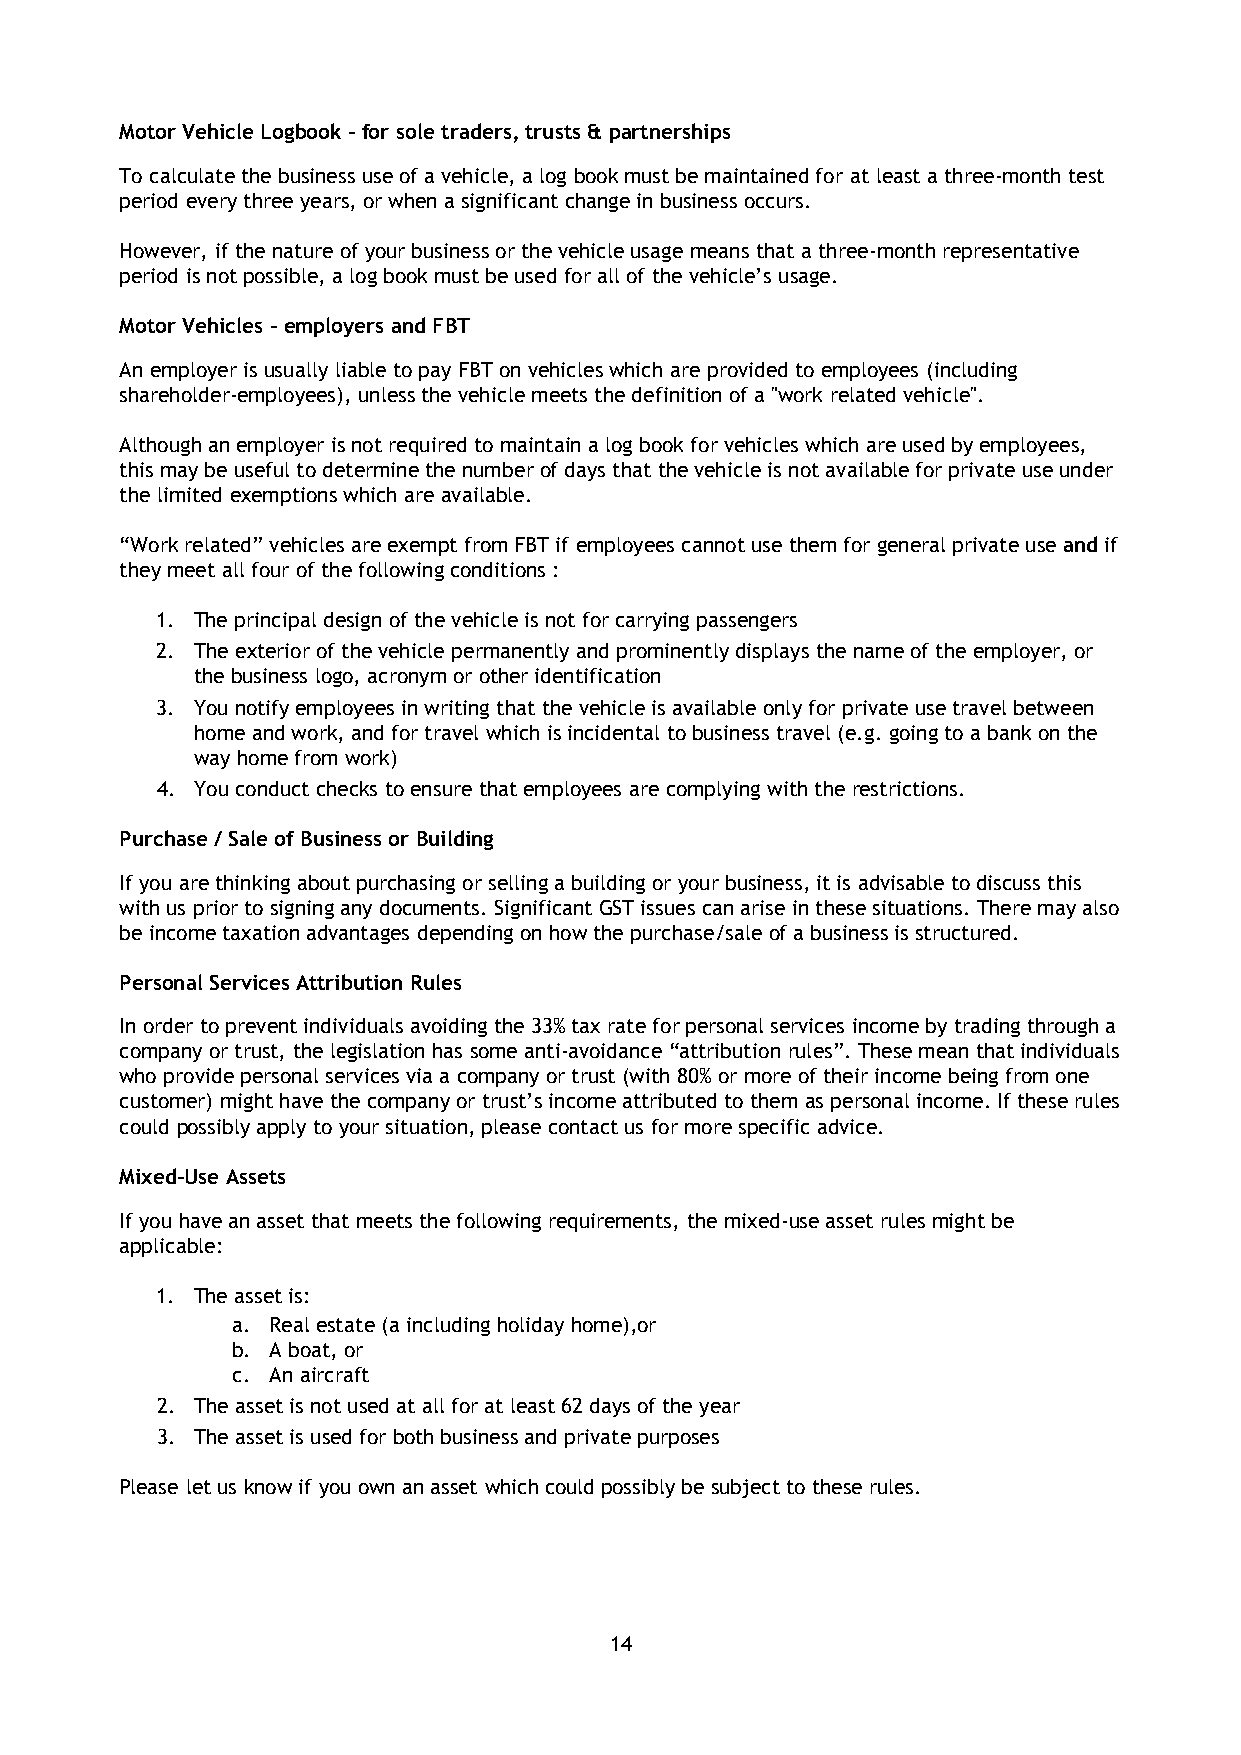
Motor Vehicle Logbook - for sole traders, trusts & partnerships
 To calculate the business use of a vehicle, a log book must be maintained for at least a three-month test
 period every three years, or when a significant change in business occurs.
 However, if the nature of your business or the vehicle usage means that a three-month representative
 period is not possible, a log book must be used for all of the vehicle’s usage.
 Motor Vehicles – employers and FBT
 An employer is usually liable to pay FBT on vehicles which are provided to employees (including
 shareholder-employees), unless the vehicle meets the definition of a "work related vehicle".
 Although an employer is not required to maintain a log book for vehicles which are used by employees,
 this may be useful to determine the number of days that the vehicle is not available for private use under
 the limited exemptions which are available.
 “Work related” vehicles are exempt from FBT if employees cannot use them for general private use and if
 they meet all four of the following conditions :
 1. The principal design of the vehicle is not for carrying passengers
 2. The exterior of the vehicle permanently and prominently displays the name of the employer, or
 the business logo, acronym or other identification
 3. You notify employees in writing that the vehicle is available only for private use travel between
 home and work, and for travel which is incidental to business travel (e.g. going to a bank on the
 way home from work)
 4. You conduct checks to ensure that employees are complying with the restrictions.
 Purchase / Sale of Business or Building
 If you are thinking about purchasing or selling a building or your business, it is advisable to discuss this
 with us prior to signing any documents. Significant GST issues can arise in these situations. There may also
 be income taxation advantages depending on how the purchase/sale of a business is structured.
 Personal Services Attribution Rules
 In order to prevent individuals avoiding the 33% tax rate for personal services income by trading through a
 company or trust, the legislation has some anti-avoidance “attribution rules”. These mean that individuals
 who provide personal services via a company or trust (with 80% or more of their income being from one
 customer) might have the company or trust’s income attributed to them as personal income. If these rules
 could possibly apply to your situation, please contact us for more specific advice.
 Mixed-Use Assets
 If you have an asset that meets the following requirements, the mixed-use asset rules might be
 applicable:
 1. The asset is:
 a. Real estate (a including holiday home),or
 b. A boat, or
 c. An aircraft
 2. The asset is not used at all for at least 62 days of the year
 3. The asset is used for both business and private purposes
 Please let us know if you own an asset which could possibly be subject to these rules.
 14